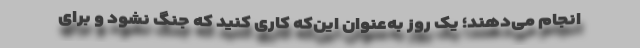
انجام می‌دهند؛ یک روز به‌عنوان این‌که کاری کنید که جنگ نشود و برای